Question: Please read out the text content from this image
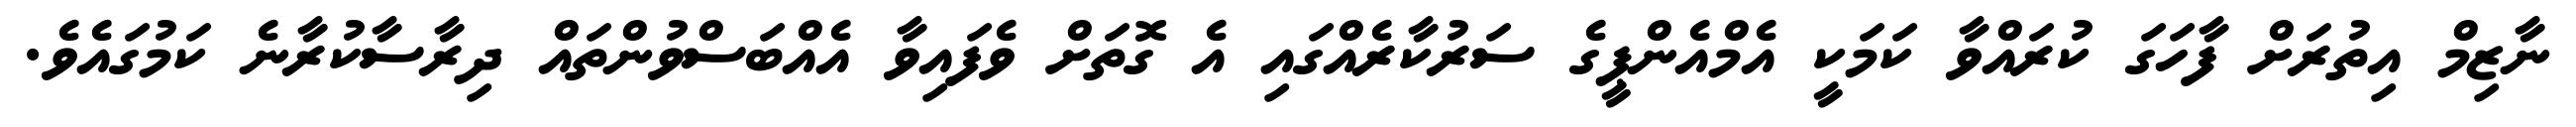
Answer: ނާޒިމް އިތުރަށް ފާހަގަ ކުރައްވާ ކަމަކީ އެމްއެންޕީގެ ސަރުކާރެއްގައި އެ ގޮތަށް ވެފައިވާ އެއްބަސްވުންތައް ދިރާސާކުރާނެ ކަމުގައެވެ.